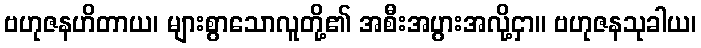
ဗဟုဇနဟိတာယ၊ များစွာသောလူတို့၏ အစီးအပွားအလို့ငှာ။ ဗဟုဇနသုခါယ၊